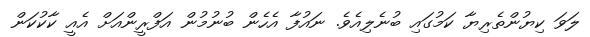
ލަވަ ކިޔުންތެރިޔާ ކަމުގައި ބުނެލިއެވެ. ނައުފާ އެހެން ބުނުމުން އަފްރީންއަށް އެއީ ކާކުކަން